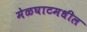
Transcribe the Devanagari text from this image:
मेळघाटमधील